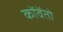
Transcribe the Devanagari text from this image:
कोंवेंतो